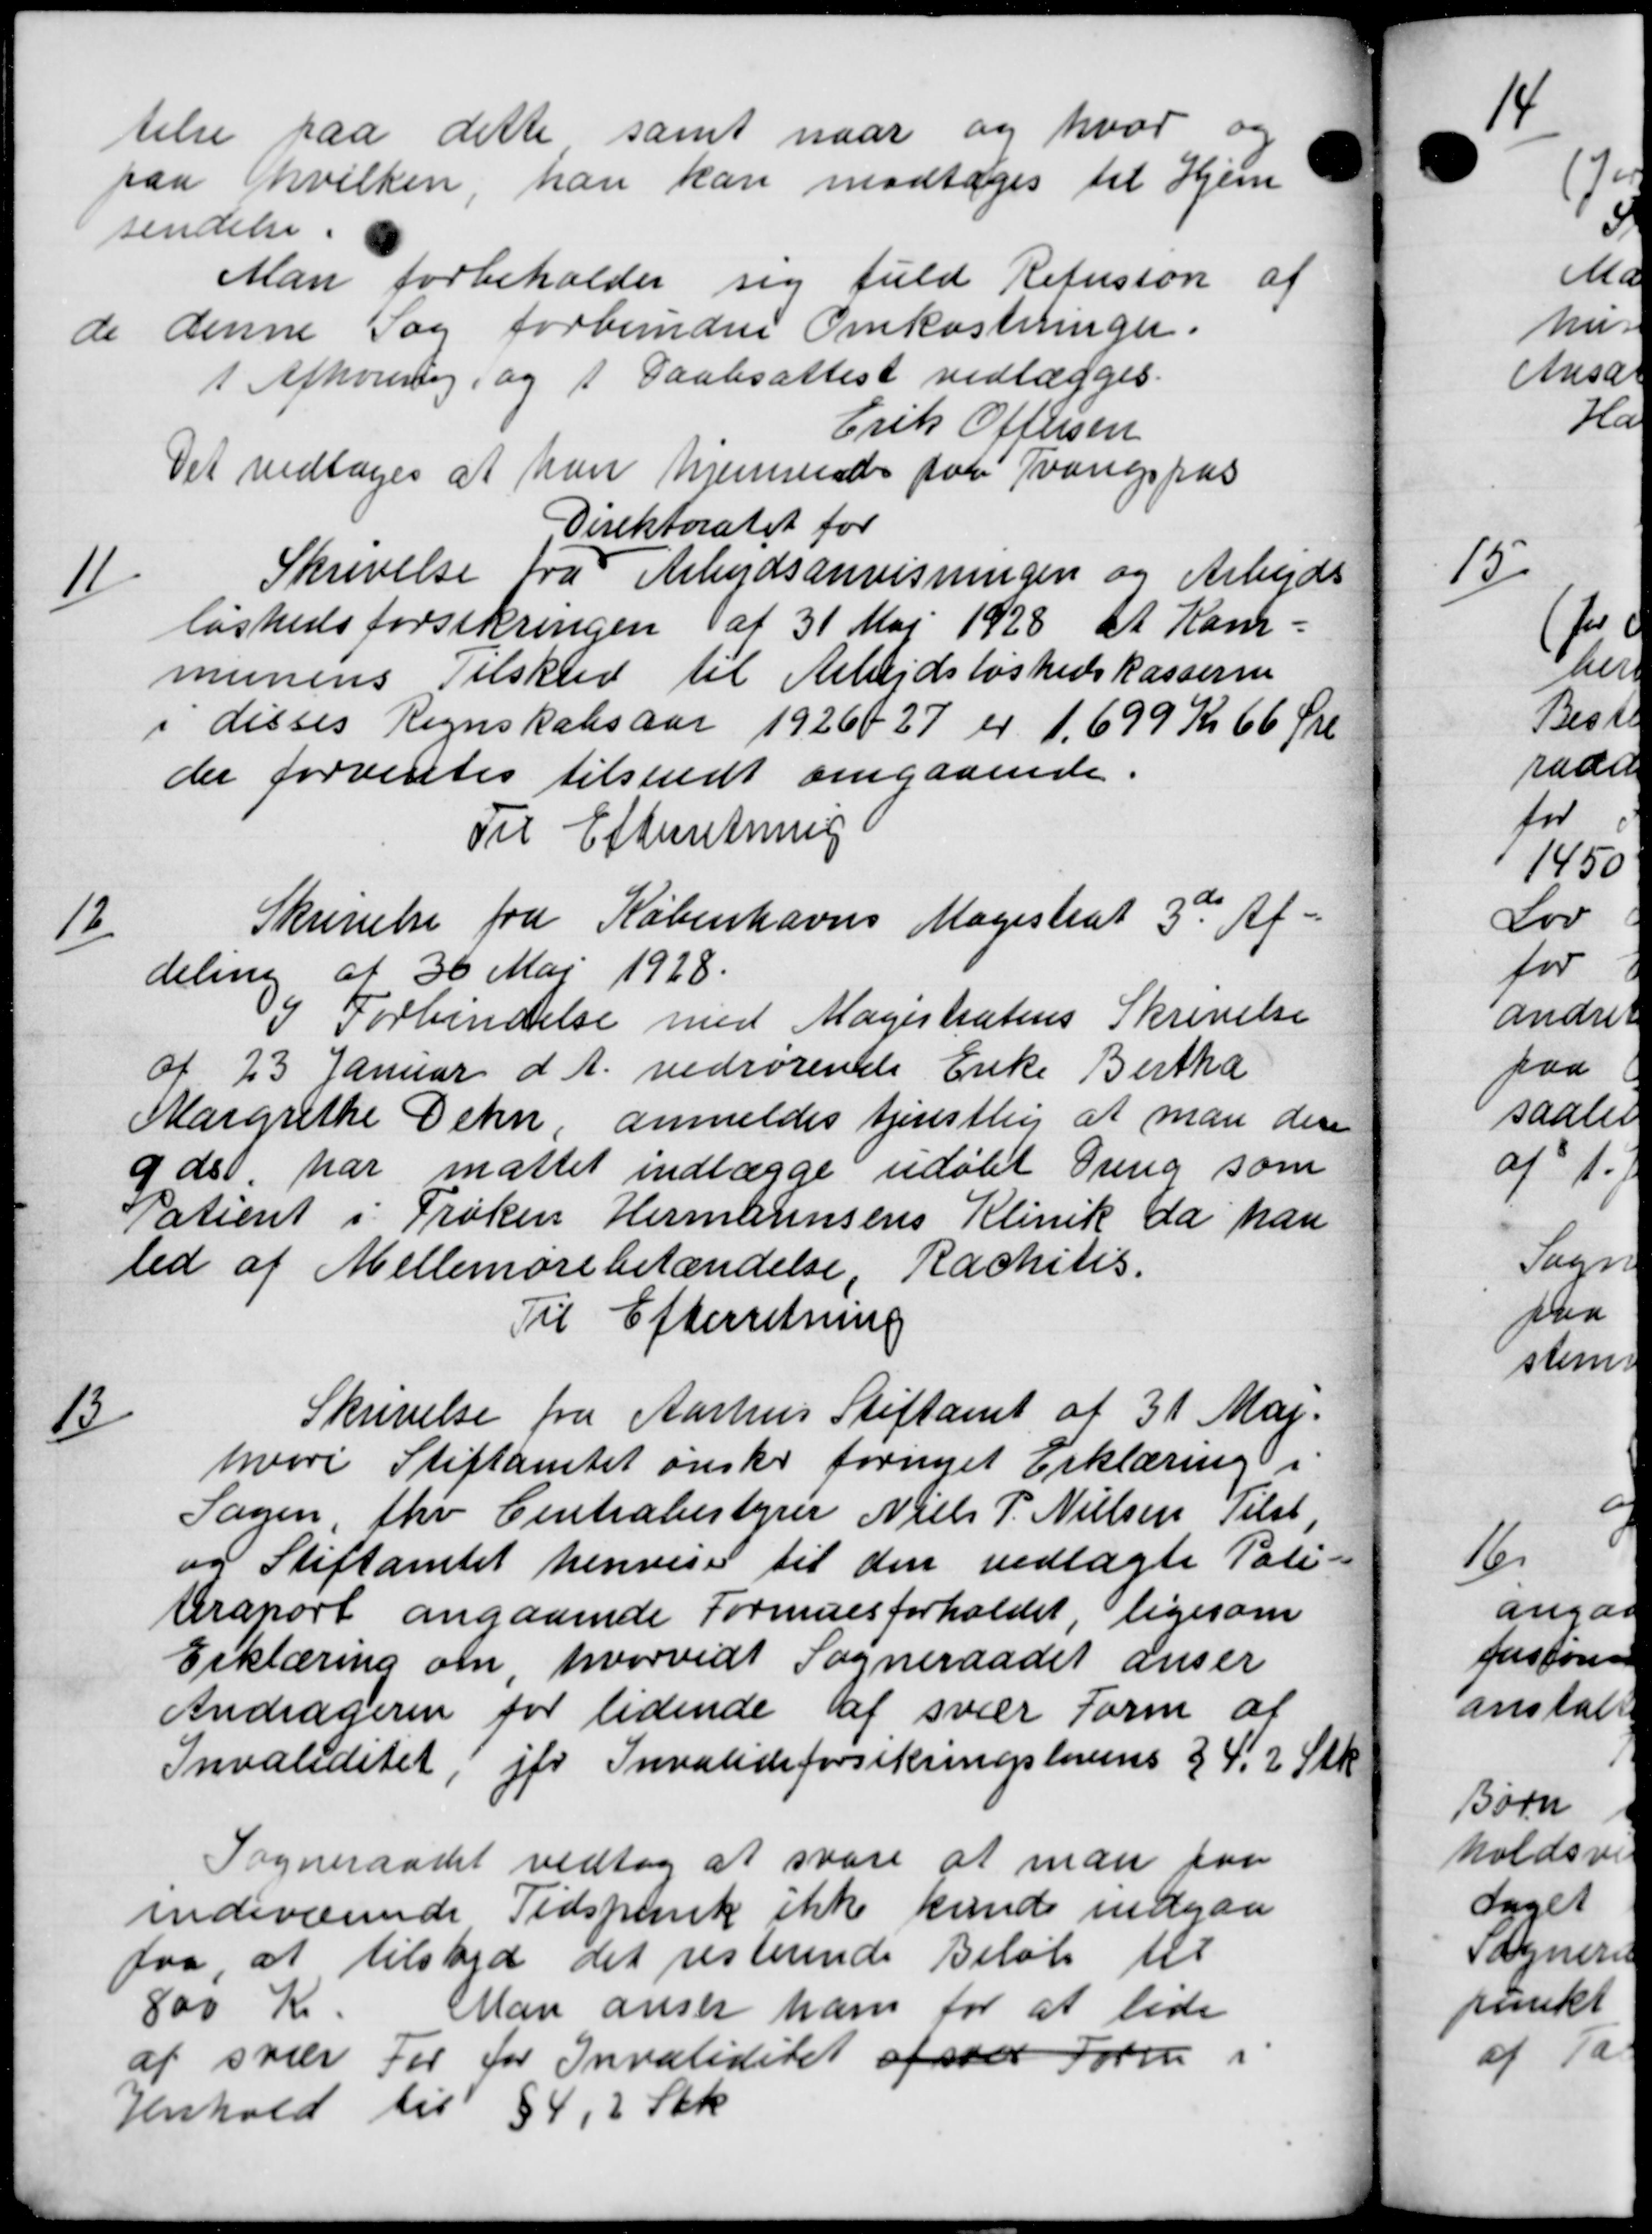
Transskription:
telse paa dette samt naar og hvoro
paa hvilken, han kan modtages til Hjem
sendelse.
Man forbeholder sig fuld Refusion af
de denne Sag forbundne Omkostninger.
1 Afhørering, og 1 Daabsattest vedlægges.
Erik Offersen
Det vedtoges at han hjemsende for Tvangspas
Direktoratet for
11
Skrivelse fra Arbejdsanvisningen og Arbejds
løshedsforsikringen af 31 Maj 1928 at Kom=
munens Tilskud til Arbejdsløshedskasserne
i disses Regnskabsaar 1926/27 er 1699 Kr 66 Øre
der forventes tilsendt angaaende.
Til Efterretning
12
Skrivelse fra Københavns Magistrat 3de Af=
deling af 36 Mai 1928.
I Forbindelse med Magistratens Skrivelse
af 23 Januar d. A. vedrørende Enke Bertha
Margrethe Dehn anmeldes tjenstlig at man den
9 ds. har måttet indlægge udøbt Dreng som
Patient i Frøken Hermannsens Klinik da han
led af Mellemorebetændelse, Rachitis.
Til Efterretning
13/
Skrivelse fra Aarhus Stiftamt af 31 Maj.
hvori Stiftamtet ønsker fornyet Erklæring i
Sagen fhv Centrabestyrer Niels P. Nielsen Tilst
og Stiftamtet henvise til den vedlagte Poli-
tiraport angaaende Formuesforholdet, ligesom
Erklæring om hvorvidt Sogneraadet anser
Andrageren for lidende af svar Form af
Invaliditet, jfr Invalideforsikringslovens § 4.2 Stk
Sogneraadet vedtog at svare at man paa
indeværende Tidspunk ikke kunde indgaa
faa, at tilsted det resterende Beløb til
800 Kr.
Man anser ham for at lide
af svar For for Invaliditet afsone Form i
Henhold til 84,2 Stk.